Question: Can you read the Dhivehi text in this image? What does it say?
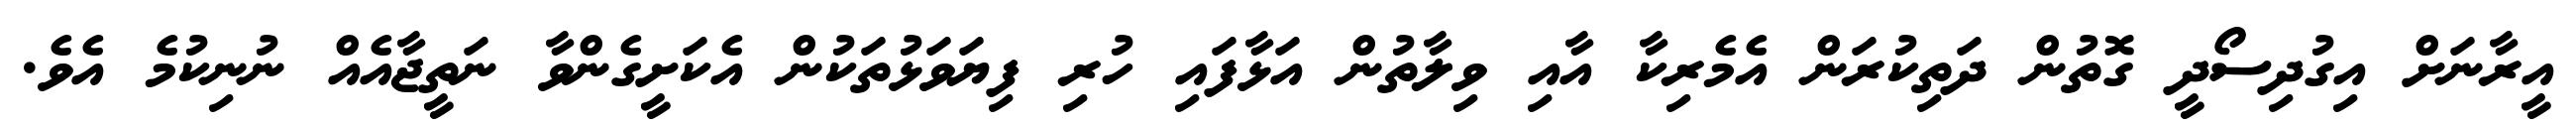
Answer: އީރާނަށް އިގުދިސޯދީ ގޮތުން ދަތިކުރަން އެމެރިކާ އާއި ވިލާތުން އަޅާފައި ހުރި ފިޔަވަޅުތަކުން އެކަށީގެންވާ ނަތީޖާއެއް ނުނިކުމެ އެވެ.